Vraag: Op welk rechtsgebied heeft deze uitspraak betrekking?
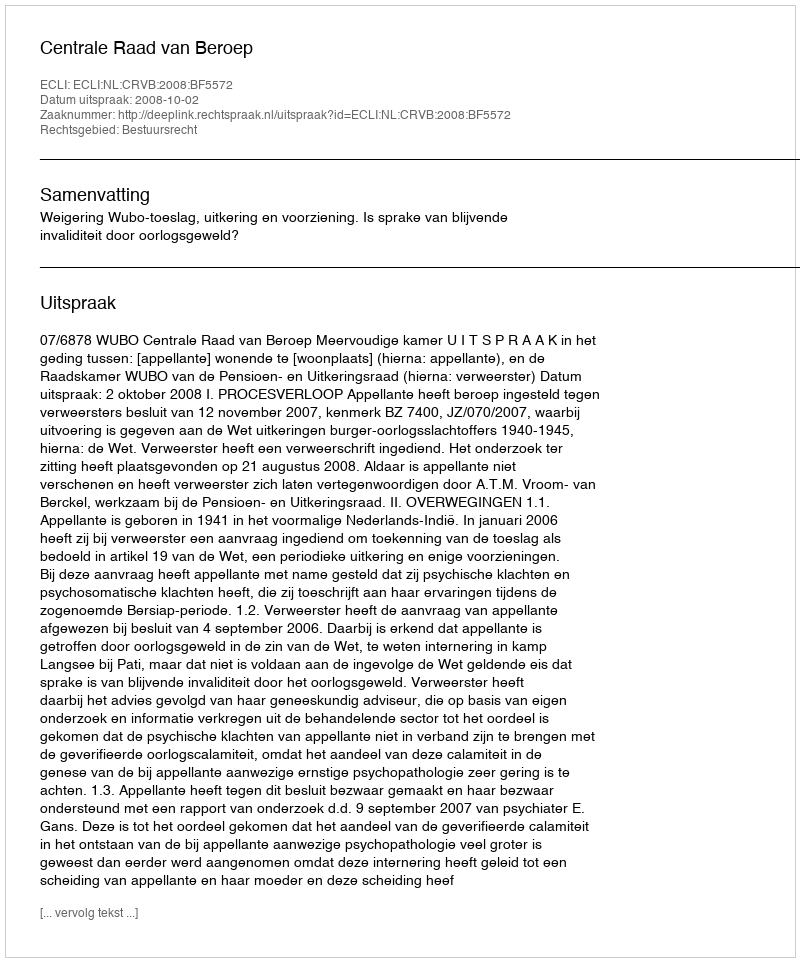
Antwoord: Bestuursrecht